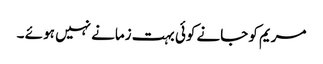
مریم کو جانے کوئی بہت زمانے نہیں ہو ئے ۔